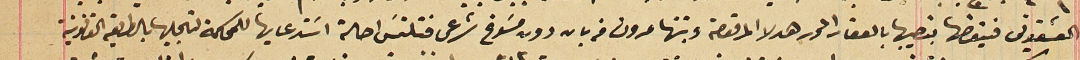
العشقوتى فيتقضها بنصيبها بالعقار المحرر هدلا المرقومة وبنتها مرون من بان دون مسَوغ شرعى فتلتمسَ احالة اسَتدعايها للمحكمة لتسجيلها بالطريقة القانونية